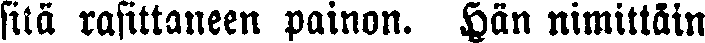
sila rasittaneen painon. Hän nimittäin